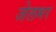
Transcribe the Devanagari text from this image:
जेलभर